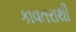
કાવતરાથી